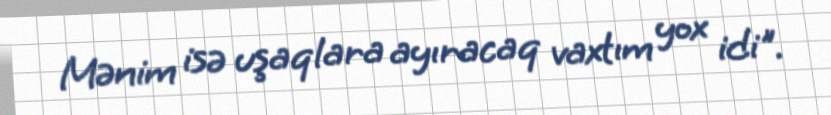
Mənim isə uşaqlara ayıracaq vaxtım yox idi".